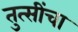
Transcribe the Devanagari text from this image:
तुत्‍सींचा